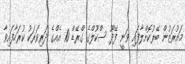
މައުރަޒުން ބޭރުކޮށްލާފައި ވަނީ ފޭދޫ ސްކޫލްގެ ގްރޭޑް 10 އެއްގެ ދަރިވަރަކު ކުރަހާފައިވާ